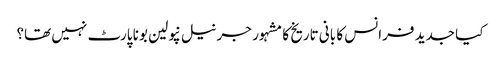
کیا جدید فرانس کا بانی تاریخ کا مشہور جرنیل نپولین بونا پارٹ نہیں تھا؟